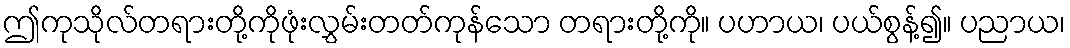
ဤကုသိုလ်တရားတို့ကိုဖုံးလွှမ်းတတ်ကုန်သော တရားတို့ကို။ ပဟာယ၊ ပယ်စွန့်၍။ ပညာယ၊